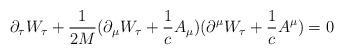
LaTeX: \begin{align*}\partial_{\tau}W_{\tau}+\frac{1}{2M}(\partial_{\mu}W_{\tau}+\frac{1}{c}A_{\mu})(\partial^{\mu}W_{\tau}+\frac{1}{c}A^{\mu})=0\end{align*}